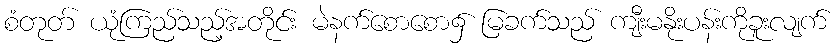
စံတုတ် ယုံကြည်သည့်အတိုင်း မဲနက်စောစော၌ မြခက်သည် ကျီးမနိုးပန်းကိုခူးလျက်